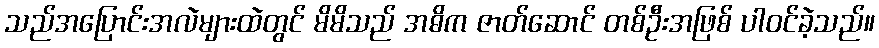
သည်အပြောင်းအလဲများထဲတွင် မိမိသည် အဓိက ဇာတ်ဆောင် တစ်ဦးအဖြစ် ပါဝင်ခဲ့သည်။